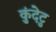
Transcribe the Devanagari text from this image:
कुंदेटु